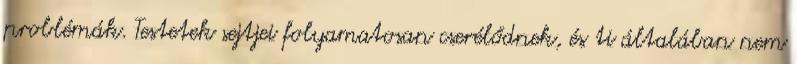
problémák. Testetek sejtjei folyamatosan cserélődnek, és ti általában nem